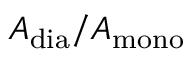
A _ { \mathrm { { d i a } } } / A _ { \mathrm { { m o n o } } }